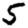
Digit: 5